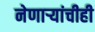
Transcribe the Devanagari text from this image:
नेणाऱ्यांचीही